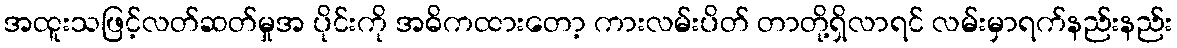
အထူးသဖြင့်လတ်ဆတ်မှုအ ပိုင်းကို အဓိကထားတော့ ကားလမ်းပိတ် တာတို့ရှိလာရင် လမ်းမှာရက်နည်းနည်း